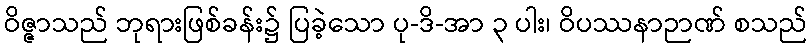
ဝိဇ္ဇာသည် ဘုရားဖြစ်ခန်း၌ ပြခဲ့သော ပု-ဒိ-အာ ၃ ပါး၊ ဝိပဿနာဉာဏ် စသည်